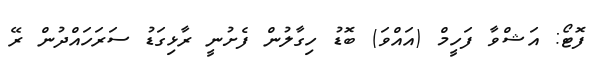
ފޮޓޯ: އަޝްވާ ފަހީމް (އައްވަ) ބޮޑު ހިގާލުން ފެށުނީ ރާޅިގަޑު ސަރަހައްދުން ރޭ